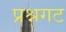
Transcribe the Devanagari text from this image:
प्रश्नगट